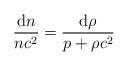
LaTeX: \begin{align*}\frac{\mathrm{d}n}{nc^{2}}=\frac{\mathrm{d}\rho}{p+\rho c^{2}}\end{align*}